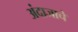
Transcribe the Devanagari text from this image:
अंदाजाचे